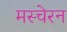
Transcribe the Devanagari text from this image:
मस्चेरन